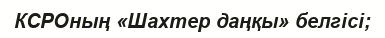
КСРОның «Шахтер даңқы» белгісі;